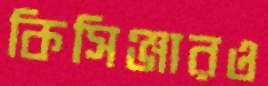
কিসিঞ্জারও